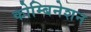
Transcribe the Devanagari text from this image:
कोम्बिनेशन